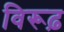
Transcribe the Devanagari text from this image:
विरूढ़